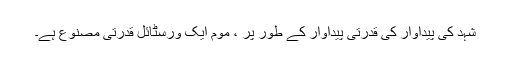
شہد کی پیداوار کی قدرتی پیداوار کے طور پر ، موم ایک ورسٹائل قدرتی مصنوع ہے۔